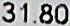
31.80